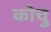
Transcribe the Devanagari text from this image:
कोचु